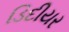
ડિદીયર